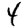
Digit: 4